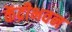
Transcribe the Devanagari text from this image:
केंद्रीभवन